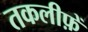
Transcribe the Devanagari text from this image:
तकलीफ़ें